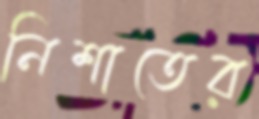
নিশাতের